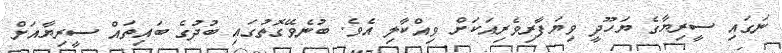
ނަގައި ސީރިޔާގެ ޔަހޫދީ ވިޔަފާރިވެރިއަކަށް ވިއްކާލި އެވެ. ބުނެވޭގޮތުގައި ބުދުގެ ބައިތައް ސީރިޔާއަށް